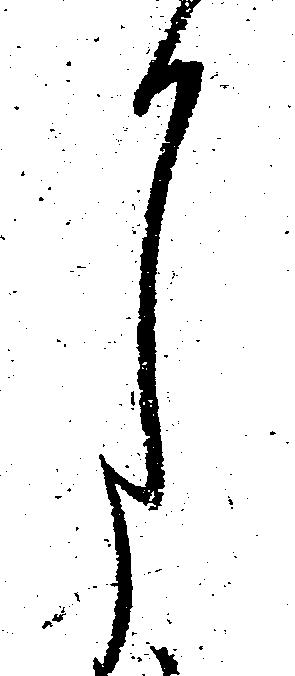
月